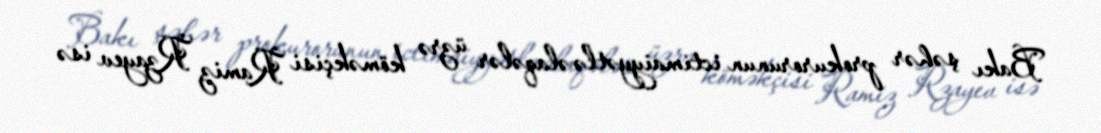
Bakı şəhər prokurorunun ictimaiyyətlə əlaqələr üzrə köməkçisi Ramiz Rzayev isə